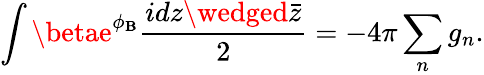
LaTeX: \int\betae^{\phi_{\mathbf{B}}}\frac{{idz\wedged\bar{{z}}}}{{2}}=-4\pi\sum_{n}g_{n}.